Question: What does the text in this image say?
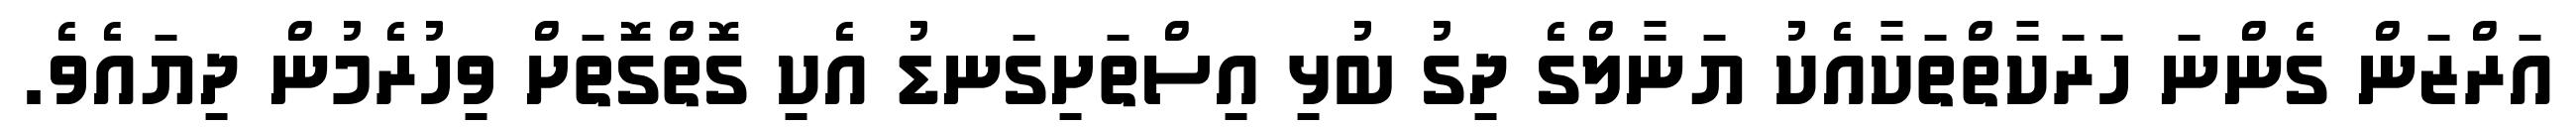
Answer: އަރްޒަން ގެންނަ ހަރަކާތްތަކާއެކު ޔަނާލްގެ ދިގު ބުޅި އިސްތަށިގަނޑު އެކި ގޮތްގޮތަށް ވިހުރެމުން ދިޔައެވެ.